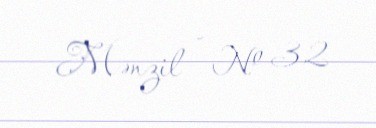
Mənzil - № 32